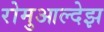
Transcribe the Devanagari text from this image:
रोमुआल्देझ